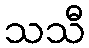
သသီ